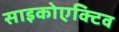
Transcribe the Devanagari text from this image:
साइकोएक्टिव